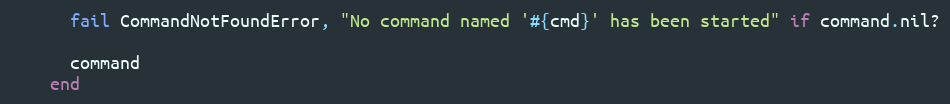
Language: Ruby
      fail CommandNotFoundError, "No command named '#{cmd}' has been started" if command.nil?

      command
    end